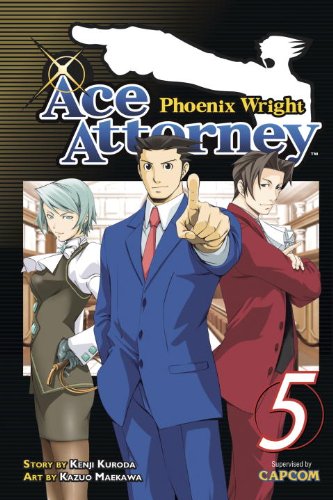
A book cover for Phoenix Wright: Ace Attorney 5; Kenji Kuroda; Comics & Graphic Novels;